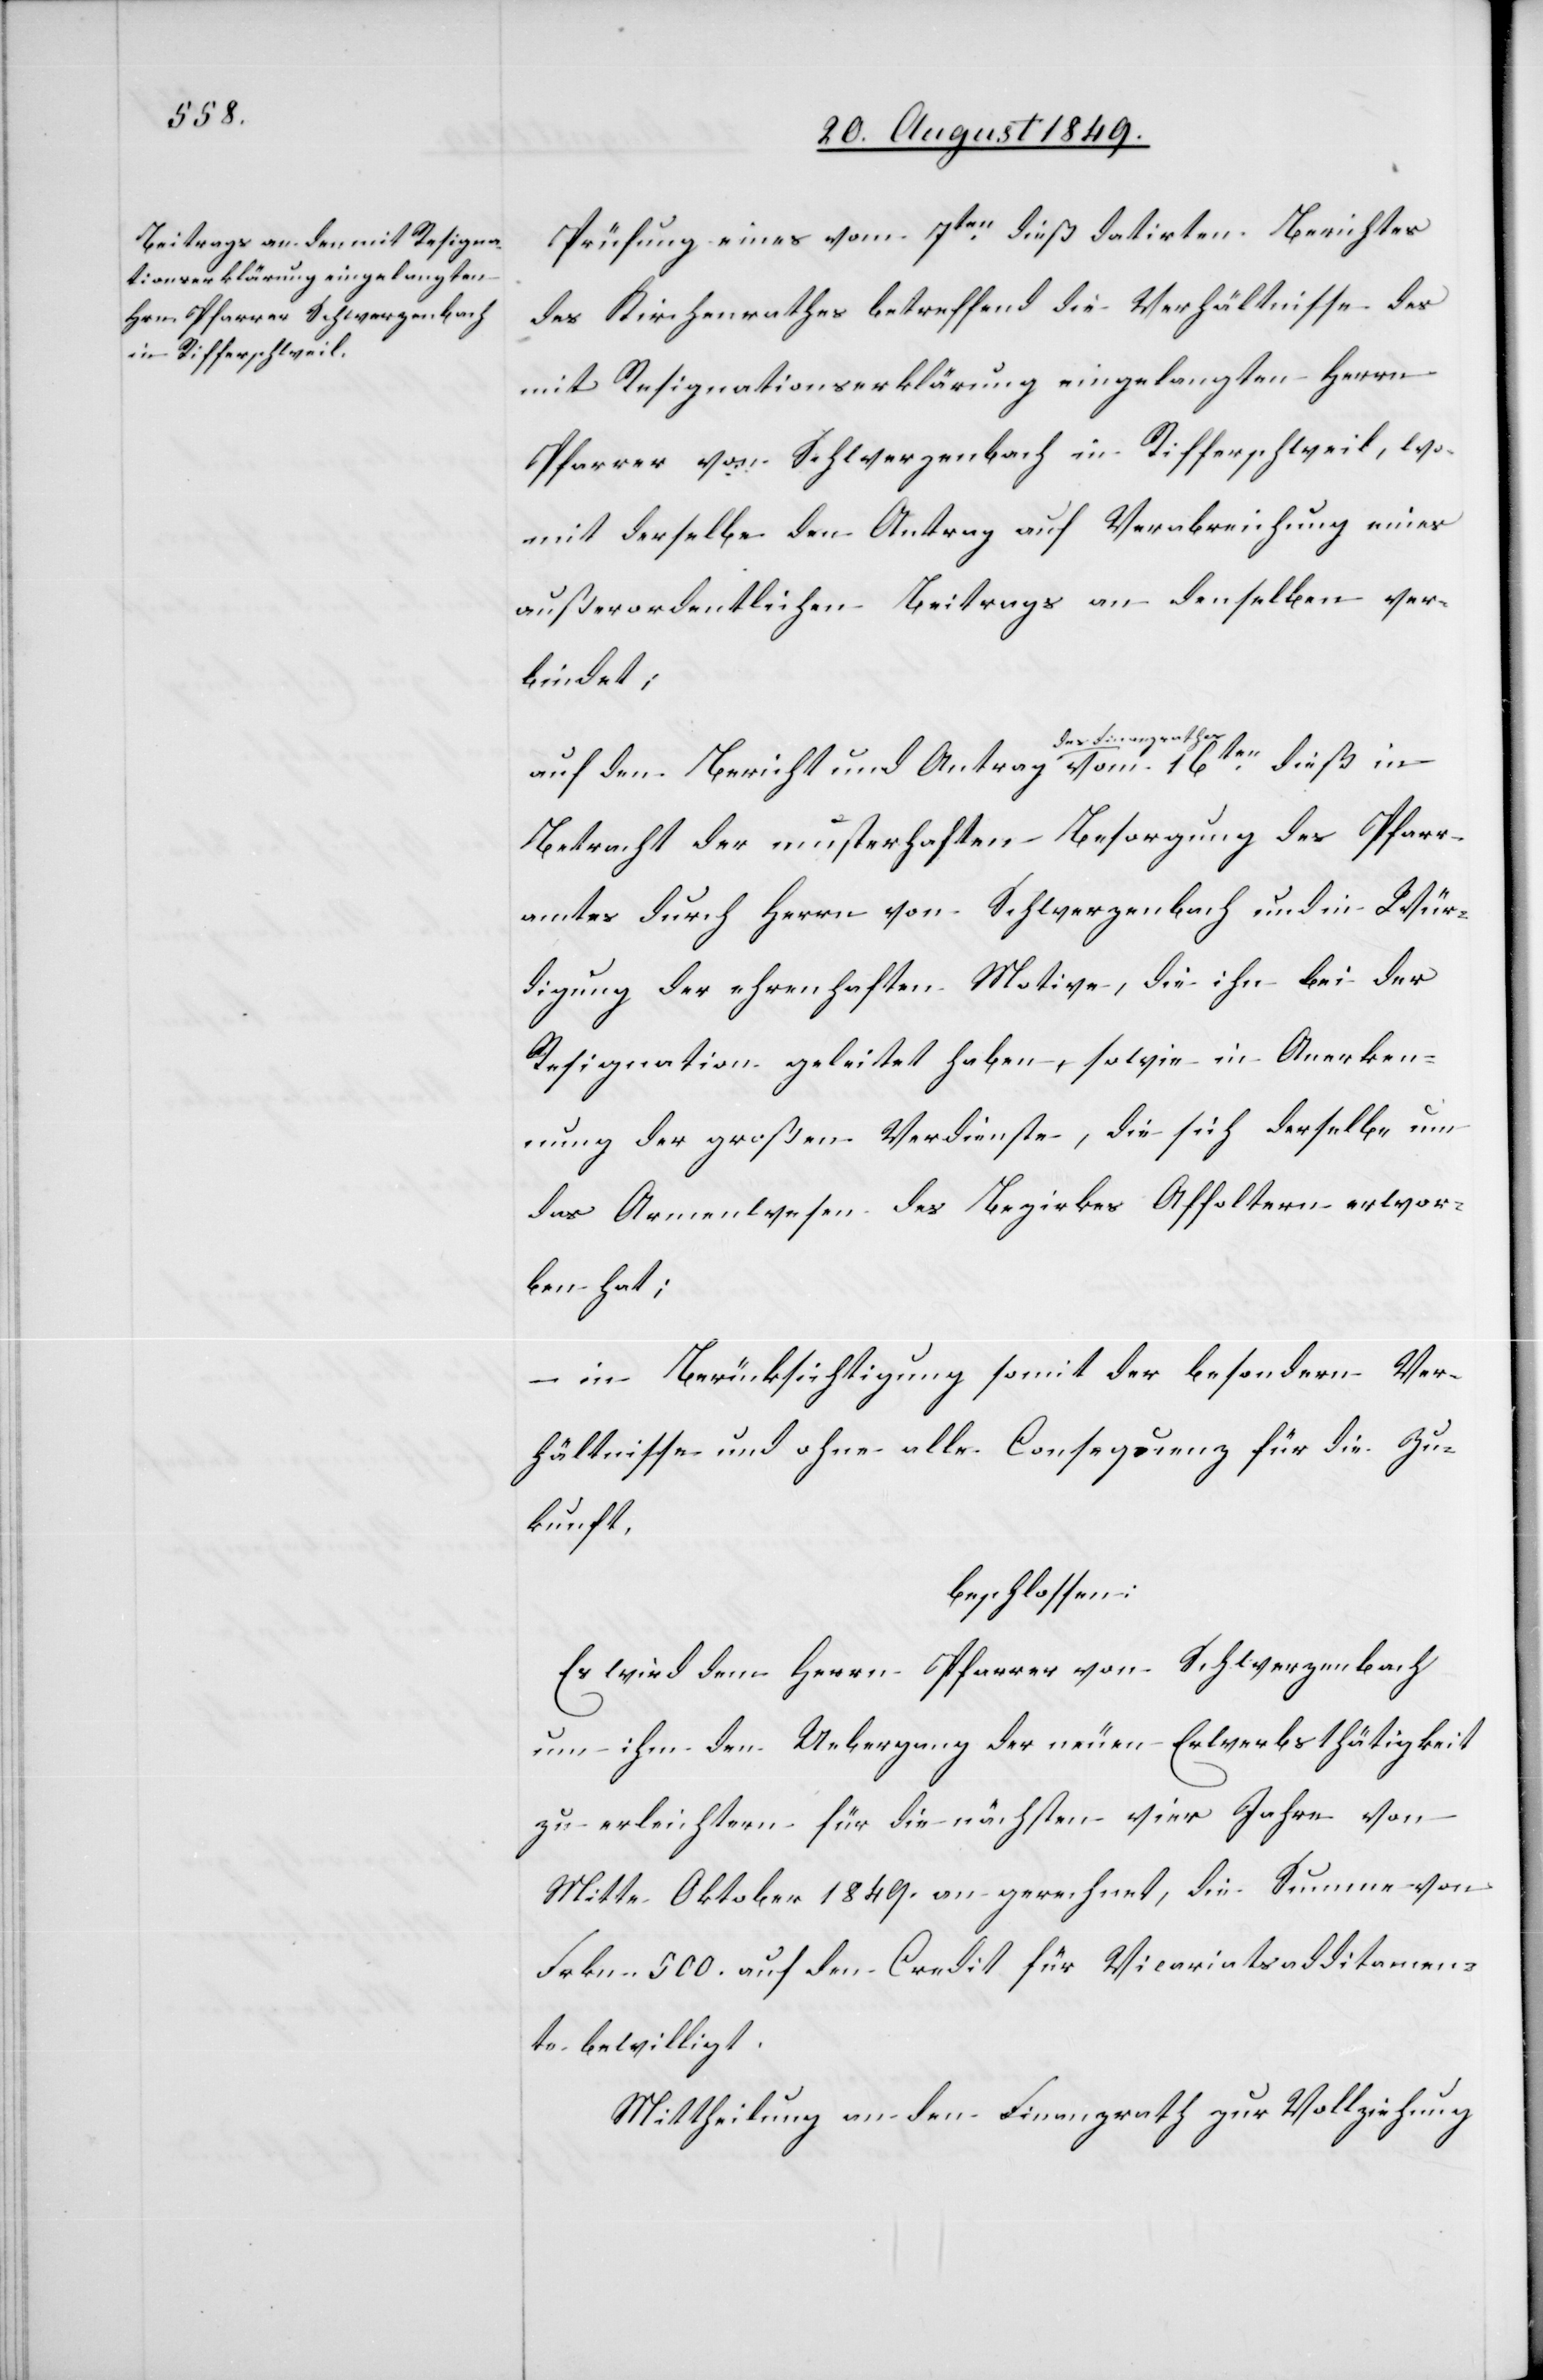
Prüfung eines vom 7ten dieß datirten Berichtes
des Kirchenrathes betreffend die Verhältnisse des
mit Resignationserklärung eingelangten Herrn
Pfarrer von Schwerzenbach in Rifferschweil, wo¬
mit derselbe den Antrag auf Verabreichung eines
außerordentlichen Beitrags an denselben ver¬
bindet;
auf den Bericht und Antrag a-des Finanzrathes-a vom
Betracht der musterhaften Besorgung des Pfarr¬
amtes durch Herrn von Schwerzenbach und in Wür¬
digung der ehrenhaften Motive, die ihn bei der
Resignation geleitet haben, sowie in Anerken¬
nung der großen Verdienste, die sich derselbe um
das Armenwesen des Bezirkes Affoltern erwor¬
ben hat;
– in Berücksichtigung somit der besondern Ver¬
hältnisse und ohne alle Consequenz für die Zu¬
kunft.
beschlossen:
Es wird dem Herrn Pfarrer von Schwerzenbach
um ihm den Uebergang der neuen Erwerbsthätigkeit
zu erleichtern für die nächsten vier Jahre von
Mitte Oktober 1849. an gerechnet, die Summe von
Frkn. 500. auf den Credit für Vicariatsadditamen¬
ts bewilligt.
Mittheilung an den Finanzrath zur Vollziehung